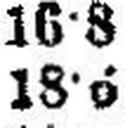
18·6